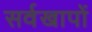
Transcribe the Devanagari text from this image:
सर्वखापों